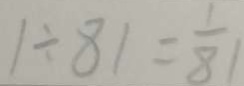
1 \div 8 1 = \frac { 1 } { 8 1 }